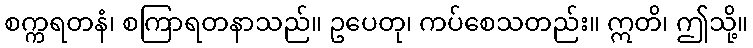
စက္ကရတနံ၊ စကြာရတနာသည်။ ဥပေတု၊ ကပ်စေသတည်း။ ဣတိ၊ ဤသို့။